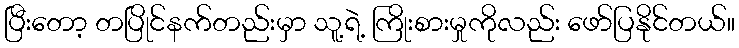
ပြီးတော့ တပြိုင်နက်တည်းမှာ သူ့ရဲ့ ကြိုးစားမှုကိုလည်း ဖော်ပြနိုင်တယ်။